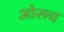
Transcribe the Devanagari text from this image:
ओरूच